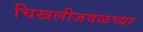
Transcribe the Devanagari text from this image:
चिखलीजवळच्या